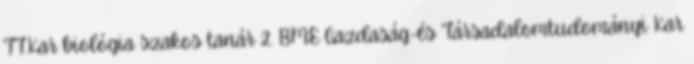
TT.Kar biológia szakos tanár 2. BME Gazdaság-és Társadalomtudományi Kar